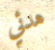
هدئي